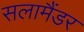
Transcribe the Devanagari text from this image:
सलामैंडर